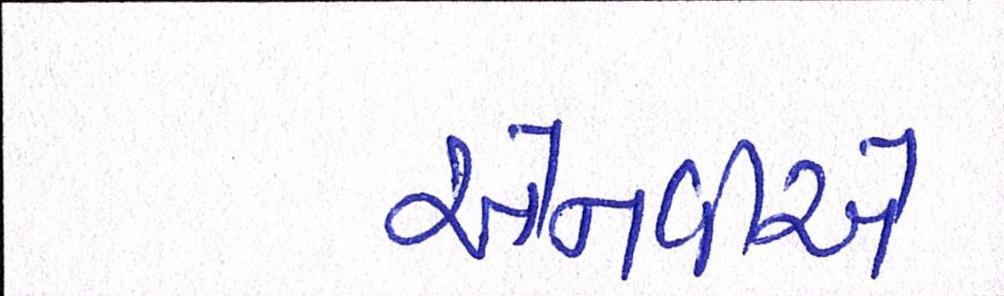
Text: એનવીએ